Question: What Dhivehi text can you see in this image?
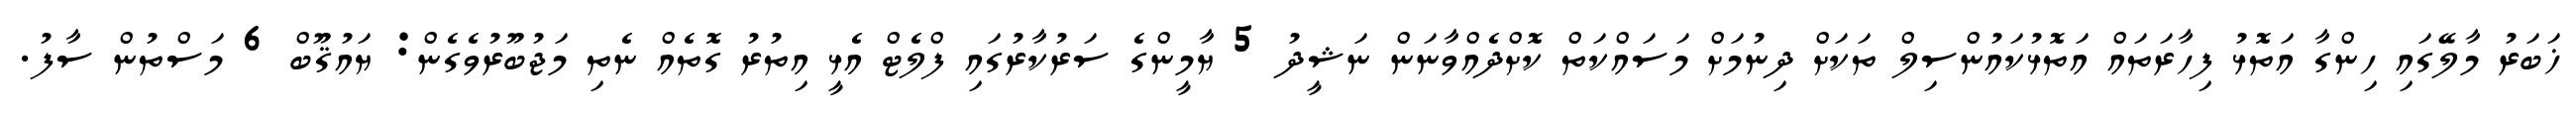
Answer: ޚަބަރު މާލޭގައި ހިންގާ އަތޮޅު ފިހާރަތައް އަތޮޅުކައުންސިލް ތަކަށް ދިނުމަށް މަސައްކަތް ކޮށްދެއްވާނަން ނަޝީދު 5 ޔާމީންގެ ސަރުކާރުގައި ފްލެޓް އެޅީ އިތުރު ގޮތެއް ނެތި މަޖުބޫރުވެގެން: ޔައުޤޫބް 6 މަސްތުން ސާފު.